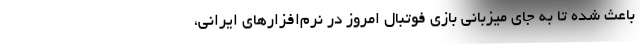
باعث شده تا به جای میزبانی بازی فوتبال امروز در نرم‌افزارهای ایرانی،